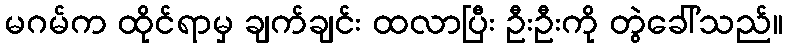
မဂမ်က ထိုင်ရာမှ ချက်ချင်း ထလာပြီး ဦးဦးကို တွဲခေါ်သည်။